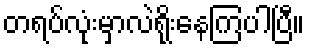
တရပ်လုံးမှာလဲရိုးနေကြပါပြီ။